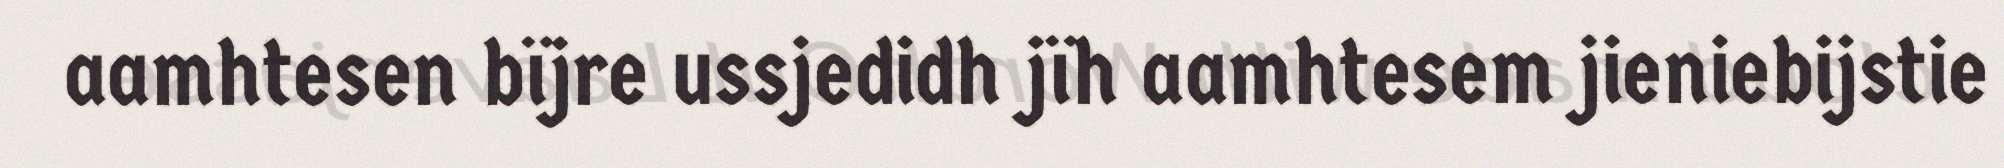
aamhtesen bïjre ussjedidh jïh aamhtesem jieniebijstie